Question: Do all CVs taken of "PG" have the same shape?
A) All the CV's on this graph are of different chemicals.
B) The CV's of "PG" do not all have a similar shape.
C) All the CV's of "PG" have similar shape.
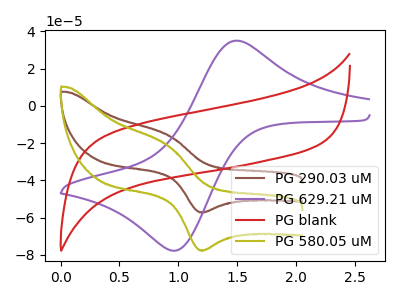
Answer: <think>The brown curve "PG 290.03 uM" has an anodic peak at (0.90V, -15.95uA) and a cathodic peak at (1.20V, -57.20uA). The purple curve "PG 629.21 uM" has an anodic peak at (1.50V, 34.95uA) and a cathodic peak at (1.00V, -77.60uA). The red curve "PG blank" has no peaks. The olive curve "PG 580.05 uM" has an anodic peak at (0.90V, -21.65uA) and a cathodic peak at (1.20V, -77.55uA).
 "PG 290.03 uM" and "PG 629.21 uM" have at least one peak that do not match. "PG 290.03 uM" and "PG blank" have a different number of peaks. All the peaks in "PG 290.03 uM" have a peak in "PG 580.05 uM" at the same potential. "PG 629.21 uM" and "PG blank" have a different number of peaks. "PG 629.21 uM" and "PG 580.05 uM" have at least one peak that do not match. "PG blank" and "PG 580.05 uM" have a different number of peaks.</think>
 <answer>C) All the CV's of "PG" have similar shape.</answer>
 <eval>C</eval>